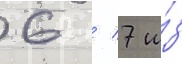
6 / 7 и́з